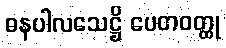
ဓနပါလသေဋ္ဌိ ပေတဝတ္ထု